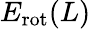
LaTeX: E_{\mathrm{rot}}(L)